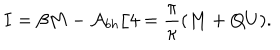
LaTeX: I = \beta M - { \cal A } _ { b h } / 4 = \frac { \pi } { \kappa } ( M + Q U ) .